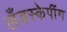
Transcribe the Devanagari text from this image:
लँडस्केपींग